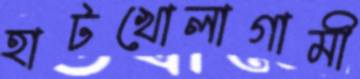
হাটখোলাগামী